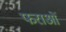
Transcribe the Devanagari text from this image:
फराओं